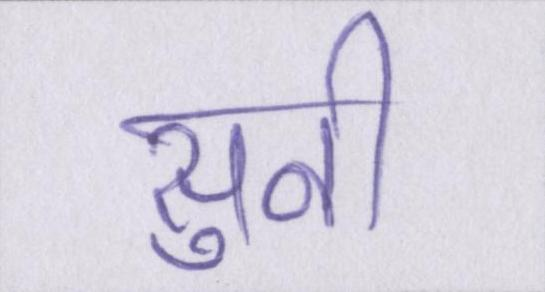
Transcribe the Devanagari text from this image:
सुनी